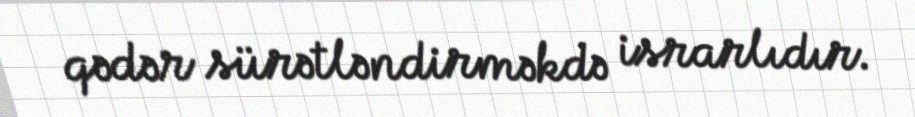
qədər sürətləndirməkdə israrlıdır.